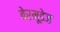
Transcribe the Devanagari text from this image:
बेरमूडेज़